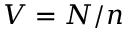
V = N / n